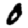
Digit: 0